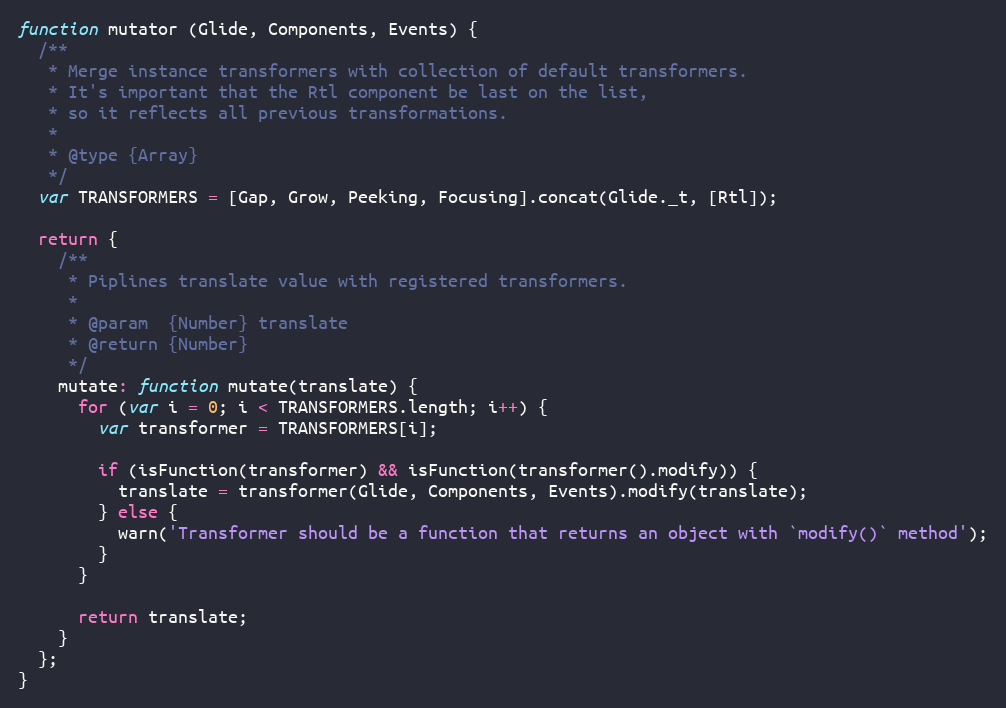
Language: JavaScript
function mutator (Glide, Components, Events) {
  /**
   * Merge instance transformers with collection of default transformers.
   * It's important that the Rtl component be last on the list,
   * so it reflects all previous transformations.
   *
   * @type {Array}
   */
  var TRANSFORMERS = [Gap, Grow, Peeking, Focusing].concat(Glide._t, [Rtl]);

  return {
    /**
     * Piplines translate value with registered transformers.
     *
     * @param  {Number} translate
     * @return {Number}
     */
    mutate: function mutate(translate) {
      for (var i = 0; i < TRANSFORMERS.length; i++) {
        var transformer = TRANSFORMERS[i];

        if (isFunction(transformer) && isFunction(transformer().modify)) {
          translate = transformer(Glide, Components, Events).modify(translate);
        } else {
          warn('Transformer should be a function that returns an object with `modify()` method');
        }
      }

      return translate;
    }
  };
}